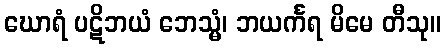
ဃောရံ ပဋိဘယံ ဘေသ္မံ၊ ဘယင်္ကရ မိမေ တီသု။